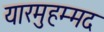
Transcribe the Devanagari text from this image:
यारमुहम्मद